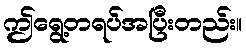
ဤရွေ့တရပ်အပြီးတည်း။